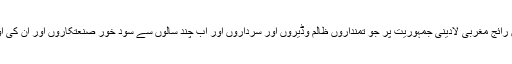
خدا قہر نازل کرے پاکستان میں رائج مغربی لادینی جمہوریت پر جو تمنداروں ظالم وڈیروں اور سرداروں اور اب چند سالوں سے سود خور صنعتکاروں اور ان کی اولادوں کو ہی منتخب کرتی ہے۔